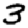
Digit: 3